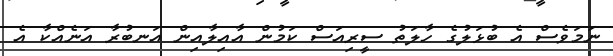
ނަމަވެސް އެ ބުޅަލުގެ ހާލަތު ސީރިއަސް ކަމުން އާއިލާއިން އަނބުރާ އަނެއްކާ އެ